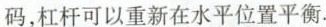
码，杠杆可以重新在水平位置平衡.